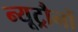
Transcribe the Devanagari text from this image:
न्यूट्रौनों